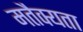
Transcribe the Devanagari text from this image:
मतैक्यता